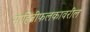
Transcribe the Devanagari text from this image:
माहितीफलकावरील